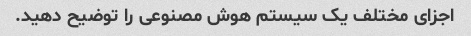
اجزای مختلف یک سیستم هوش مصنوعی را توضیح دهید.